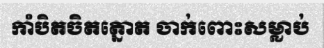
កាំបិតចិតត្នោត ចាក់ពោះសម្លាប់